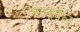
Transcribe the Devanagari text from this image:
माजवेल